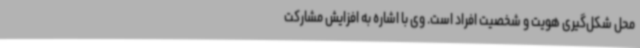
محل شکل‌گیری هویت و شخصیت افراد است. وی با اشاره به افزایش مشارکت